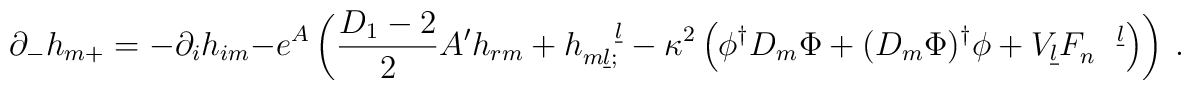
\partial_{-} h_{m+}= - \partial_{i} h_{im} -e^A \left(\frac{D_1-2}{2} A' h_{rm} + h_{m\underline l ;}^{\quad\underline l}-\kappa^2\left(\phi^{\dagger} D_m\Phi + (D_m \Phi)^{\dagger}\phi + V_{\underline l}F_n^{\quad\underline l}\right)\right)~.